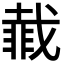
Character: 𮧇